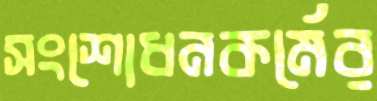
সংশোধনকর্মের